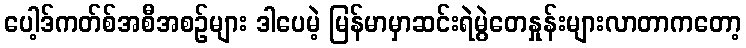
ပေါ့ဒ်ကတ်စ်အစီအစဉ်များ ဒါပေမဲ့ မြန်မာမှာဆင်းရဲမွဲတေနှုန်းများလာတာကတော့